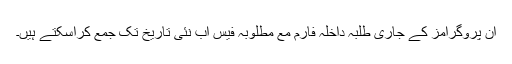
اِن پروگرامز کے جاری طلبہ داخلہ فارم مع مطلوبہ فیس اب نئی تاریخ تک جمع کراسکتے ہیں۔